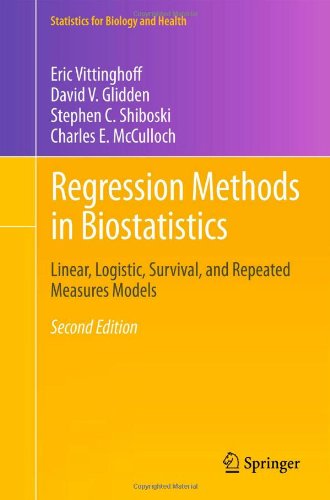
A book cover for Regression Methods in Biostatistics: Linear, Logistic, Survival, and Repeated Measures Models (Statistics for Biology and Health); Eric Vittinghoff; Medical Books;